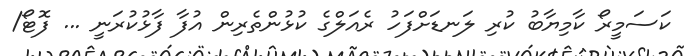
ކަސަމީރޯ ކާމިޔާބު ކުރި ލަނޑަށްފަހު ރެއަލްގެ ކުޅުންތެރިން އުފާ ފާޅުކުރަނީ ... ފޮޓޯ/